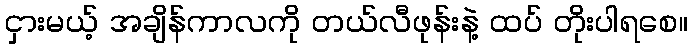
ငှားမယ့် အချိန်ကာလကို တယ်လီဖုန်းနဲ့ ထပ် တိုးပါရစေ။